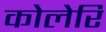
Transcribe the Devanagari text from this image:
कोलेरि